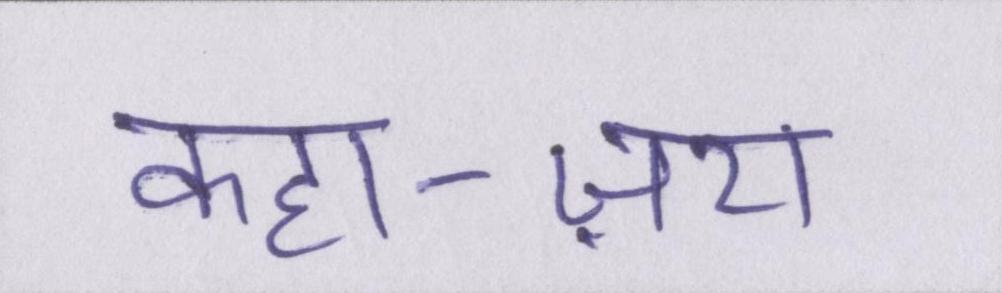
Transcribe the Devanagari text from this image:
कहा-ज़रा